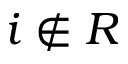
i \not \in R